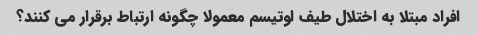
افراد مبتلا به اختلال طیف اوتیسم معمولا چگونه ارتباط برقرار می کنند؟